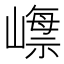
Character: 𡼺